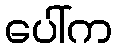
ပေါ်က